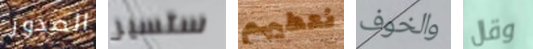
الصدور ستسير نعطيهم والخوف وقال